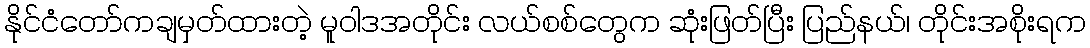
နိုင်ငံတော်ကချမှတ်ထားတဲ့ မူဝါဒအတိုင်း လယ်စစ်တွေက ဆုံးဖြတ်ပြီး ပြည်နယ်၊ တိုင်းအစိုးရက